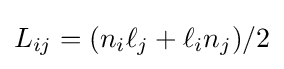
L_{ij}=(n_{i}\ell _{j}+\ell _{i}n_{j})/2